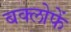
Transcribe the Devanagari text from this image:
बक्लोफें